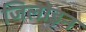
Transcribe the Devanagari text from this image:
जिलोइन